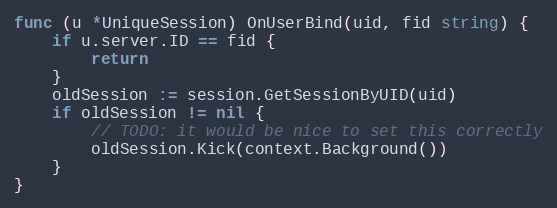
Language: Go
func (u *UniqueSession) OnUserBind(uid, fid string) {
	if u.server.ID == fid {
		return
	}
	oldSession := session.GetSessionByUID(uid)
	if oldSession != nil {
		// TODO: it would be nice to set this correctly
		oldSession.Kick(context.Background())
	}
}